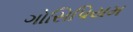
ગોસિપિયમ